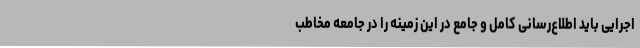
اجرایی باید اطلاع‌رسانی کامل و جامع در این زمینه را در جامعه مخاطب